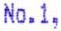
NO.1,